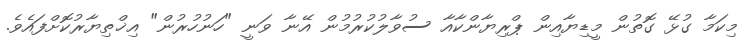
މިކަމާ ގުޅޭ ގޮތުން މީޑިޔާއިން ޕްރިޔާންކާއާ ސުވާލުކުރުމުން އޭނާ ވަނީ "ހަނުހުރުން" އިޚްތިޔާރުކޮށްފައެވެ.